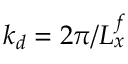
k _ { d } = 2 \pi / L _ { x } ^ { f }